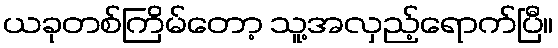
ယခုတစ်ကြိမ်တော့ သူ့အလှည့်ရောက်ပြီ။